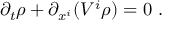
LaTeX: \partial _ { t } \rho + \partial _ { x ^ { i } } ( V ^ { i } \rho ) = 0 \ .